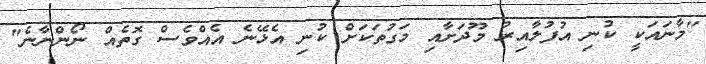
"މާނައަކީ ކުނި އުފުލާއިރު މޫދަށާއި މަގުތަކަށް ކުނި އެޅޭނެ އެއްވެސް ގޮތެއް ނޯންނާނެ"